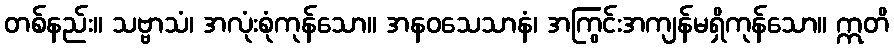
တစ်နည်း။ သဗ္ဗာသံ၊ အလုံးစုံကုန်သော။ အနဝသေသာနံ၊ အကြွင်းအကျန်မရှိကုန်သော။ ဣတိ